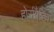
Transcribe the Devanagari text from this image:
होर्सरैडिश